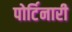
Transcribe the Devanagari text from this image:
पोर्टिनारी